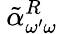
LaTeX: \: \tilde{\alpha}_{\omega^{\prime}\omega}^{R}\: